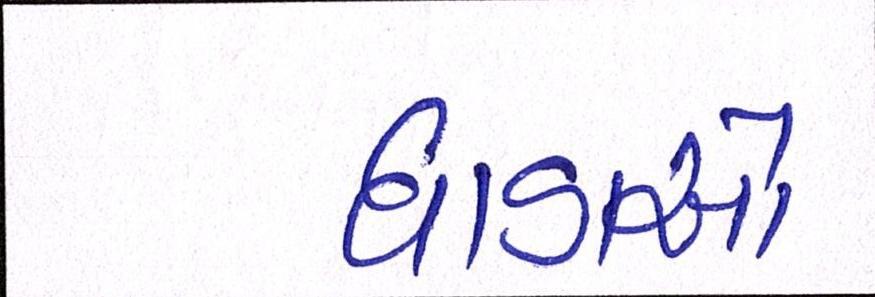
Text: ધાડાઓ